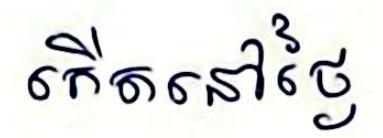
កើតនៅថ្ងៃ